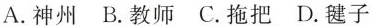
A. 神州 B. 教师 C. 拖把 D. 毽子